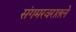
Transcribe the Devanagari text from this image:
संगमरवरातले